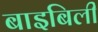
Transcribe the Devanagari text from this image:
बाइबिली